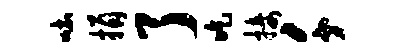
吐捐了吃接千